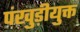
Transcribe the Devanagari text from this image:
पंखुड़ीयुक्त